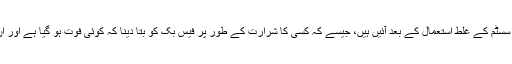
یہ تبدیلیاں کچھ حد تک ان کے سسٹم کے غلط استعمال کے بعد آئیں ہیں، جیسے کہ کسی کا شرارت کے طور پر فیس بک کو بتا دینا کہ کوئی فوت ہو گیا ہے اور ان کے اکاؤنٹ کو بند کروا دینا۔